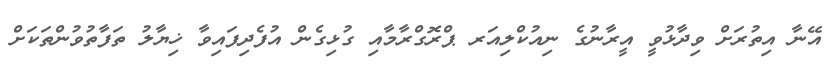
އޭނާ އިތުރަށް ވިދާޅުވީ އީރާނުގެ ނިއުކްލިއަރ ޕްރޮގްރާމާއި ގުޅިގެން އުފެދިފައިވާ ޚިޔާލު ތަފާތުވުންތަކަށް